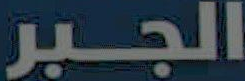
الجبر